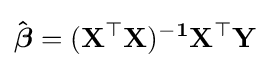
\mathbf {{\hat {\boldsymbol {\beta }}}=(X^{\top }X)^{-1}X^{\top }Y}